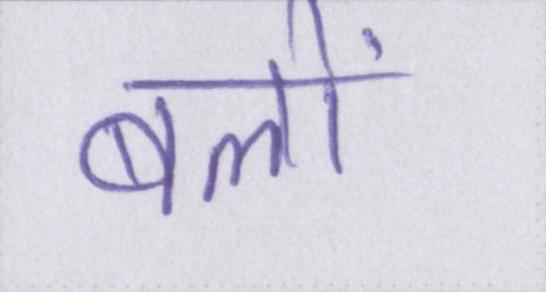
बलों